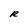
Character: R